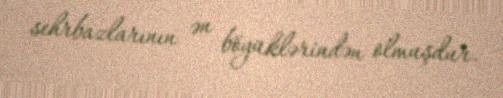
sehrbazlarının ən böyüklərindən olmuşdur.